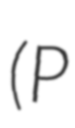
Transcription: (P